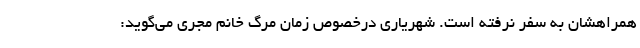
همراهشان به سفر نرفته است. شهریاری درخصوص زمان مرگ خانم مجری می‌گوید: